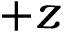
+ z